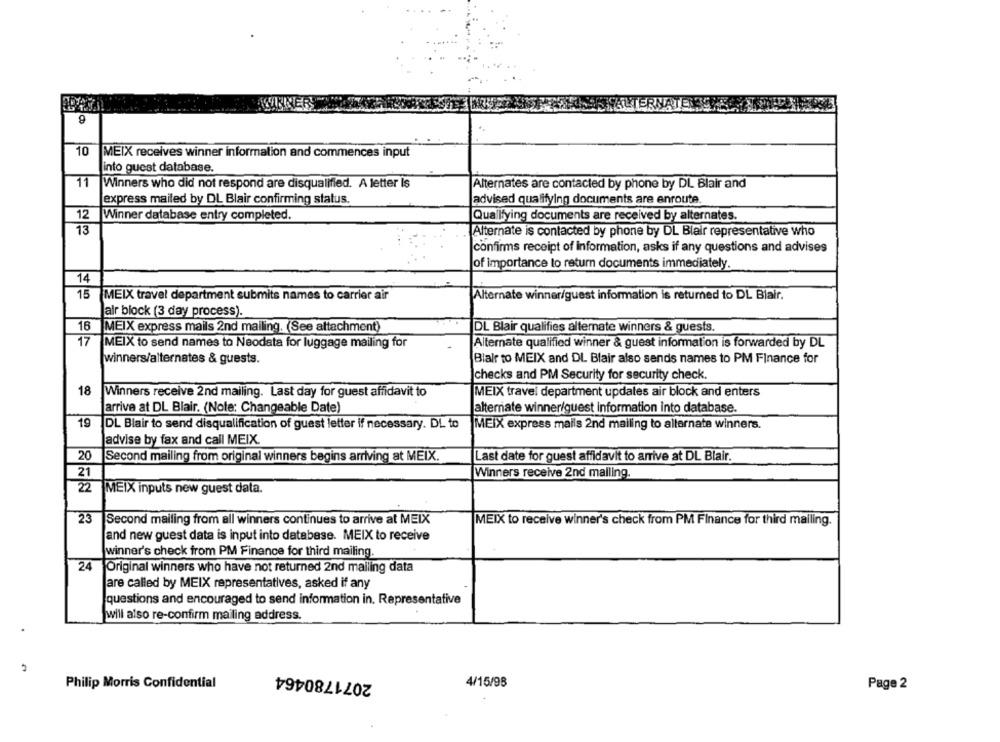
10
MEIX receives winner information and commences input
into guest database.
11
Winners who did not respond are disqualified. A letter Is
Alternates are contacted by phone by DL Blair and
express mailed by DL Blair confirming status.
advised qualifying documents are enroute.
12
Winner database entry completed.
Qualifying documents are received by alternates.
13
Alternate is contacted by phone by DL Blair representative who
confirms receipt of information, asks if any questions and advises
of importance to return documents immediately.
14
15
MEIX travel department submits names to carrier air
Alternate winner/guest information is returned to DL Blair.
alr block (3 day process).
16
MEIX express mails 2nd mailing. (See attachment)
DL Blair qualifies alternate winners & guests.
17
MEIX to send names to Neodata for luggage mailing for
Alternate qualified winner & guest information is forwarded by DL
winners/alternates & guests.
Blair to MEIX and DL Blair also sends names to PM Finance for
checks and PM Security for security check.
18
Winners receive 2nd mailing. Last day for guest affidavit to
MEIX travel department updates air block and enters
arrive at DL Blair. (Note: Changeable Date)
alternate winner/guest information into database.
19
DL Blair to send disqualification of guest letter if necessary. DL to
MEIX express mails 2nd mailing to alternate winners.
advise by fax and call MEIX.
20
|Second mailing from original winners begins arriving at MEIX.
Last date for guest affidavit to arrive at DL Blair.
21
Winners receive 2nd malling.
22
MEIX inputs new guest data.
23
Second mailing from all winners continues to arrive at MEIX
MEIX to receive winner's check from PM Finance for third mailing.
and new guest data is input into database. MEIX to receive
winner's check from PM Finance for third mailing.
24
Original winners who have not returned 2nd mailing data
are called by MEIX representatives, asked if any
questions and encouraged to send information in. Representative
will also re-confirm mailing address.
2071780464
Philip Morris Confidential
4/15/98
Page 2